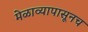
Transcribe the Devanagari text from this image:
मेळाव्यापासूनच